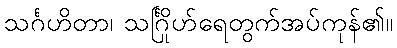
သင်္ဂဟိတာ၊ သင်္ဂြိုဟ်ရေတွက်အပ်ကုန်၏။